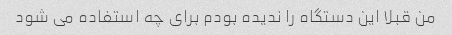
من قبلا این دستگاه را ندیده بودم برای چه استفاده می شود